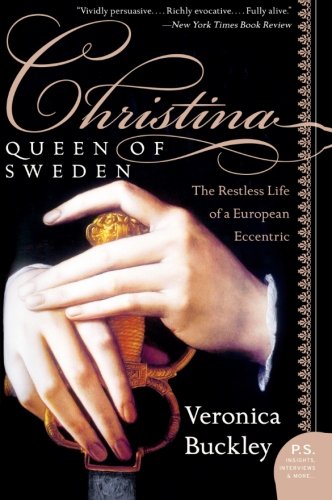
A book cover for Christina, Queen of Sweden: The Restless Life of a European Eccentric; Veronica Buckley; History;